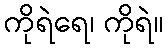
ကိုရဲရေ၊ ကိုရဲ။